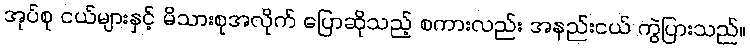
အုပ်စု ငယ်များနှင့် မိသားစုအလိုက် ပြောဆိုသည့် စကားလည်း အနည်းငယ် ကွဲပြားသည်။